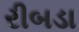
રીબડા